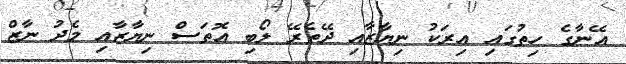
އޭނާގެ ހިތުގައި އިރަކު ނިޔާޒާއި ދޭތެރޭ ލޯބި އޮތަސް ނިޔާޒާއި މެދު ނާޒް